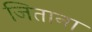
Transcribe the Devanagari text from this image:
जिताना